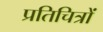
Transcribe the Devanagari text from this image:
प्रतिचित्रों